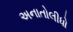
અનાતોલીધો